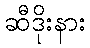
ဆီဒိုးနား